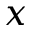
x